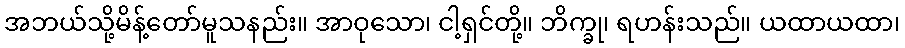
အဘယ်သို့မိန့်တော်မူသနည်း။ အာဝုသော၊ ငါ့ရှင်တို့။ ဘိက္ခု၊ ရဟန်းသည်။ ယထာယထာ၊